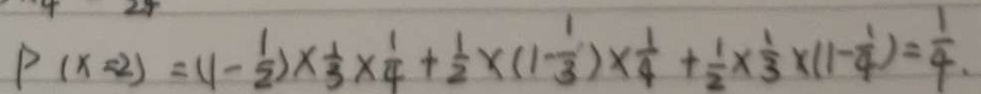
P ( x = 2 ) = ( 1 - \frac { 1 } { 2 } ) \times \frac { 1 } { 3 } \times \frac { 1 } { 4 } + \frac { 1 } { 2 } \times ( 1 - \frac { 1 } { 3 } ) \times \frac { 1 } { 4 } + \frac { 1 } { 2 } \times \frac { 1 } { 3 } \times ( 1 - \frac { 1 } { 4 } ) = \frac { 1 } { 4 }